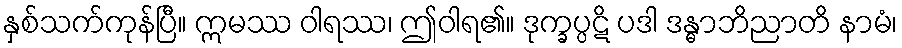
နှစ်သက်ကုန်ပြီ။ ဣမဿ ဝါရဿ၊ ဤဝါရ၏။ ဒုက္ခပ္ပဋိ ပဒါ ဒန္ဓာဘိညာတိ နာမံ၊